Annual report on the working of the lock hospitals in the North-Western Provinces and Oudh
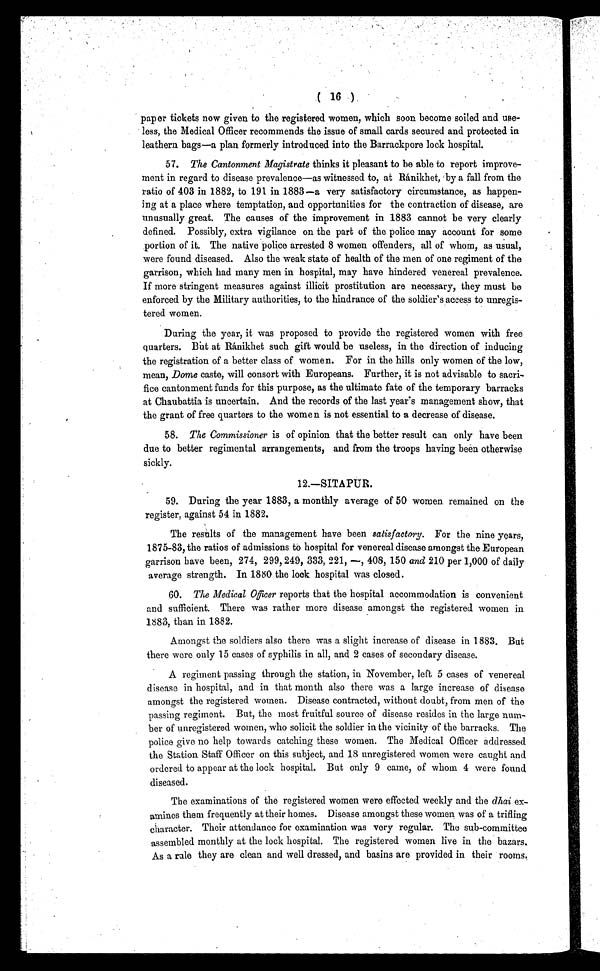
( 16 )
paper tickets now given to the registered women, which soon become soiled and use-
less, the Medical Officer recommends the issue of small cards secured and protected in
leathern bags—a plan formerly introduced into the Barrackpore lock hospital.
57. The Cantonment Magistrate thinks it pleasant to be able to report improve-
ment in regard to disease prevalence—as witnessed to, at Ránikhet, by a fall from the
ratio of 403 in 1882, to 191 in 1883—a very satisfactory circumstance, as happen-
ing at a place where temptation, and opportunities for the contraction of disease, are
unusually great. The causes of the improvement in 1883 cannot be very clearly
defined. Possibly, extra vigilance on the part of the police may account for some
portion of it. The native police arrested 8 women offenders, all of whom, as usual,
were found diseased. Also the weak state of health of the men of one regiment of the
garrison, which had many men in hospital, may have hindered venereal prevalence.
If more stringent measures against illicit prostitution are necessary, they must be
enforced by the Military authorities, to the hindrance of the soldier's access to unregis-
tered women.
During the year, it was proposed to provide the registered women with free
quarters. But at Ránikhet such gift would be useless, in the direction of inducing
the registration of a better class of women. For in the hills only women of the low,
mean, Dome caste, will consort with Europeans. Further, it is not advisable to sacri-
fice cantonment funds for this purpose, as the ultimate fate of the temporary barracks
at Chaubattia is uncertain. And the records of the last year's management show, that
the grant of free quarters to the women is not essential to a decrease of disease.
5 8 .
T h e C o m m i s s i o n e r
i s o f o p i n i o n t h a t t h e b e t t e r r e s u l t c a n o n l y h a v e b e e n
due to better regimental arrangements, and from the troops having been otherwise
sickly.
12.—SITAPUR.
5 9 . D u r i n g t h e y e a r 1 8 8 3 , a m o n t h l y a v e r a g e o f 5 0 w o m e n r e m a i n e d o n t h e
register, against 54 in 1882.
The results of the management have been satisfactory. For the nine years,
1875-83, the ratios of admissions to hospital for venereal disease amongst the European
garrison have been, 274, 299, 249, 333, 221, —, 408, 150 and 210 per 1,000 of daily
average strength. In 1880 the lock hospital was closed.
6 0 .
T h e M e d i c a l O f f i c e r
r e p o r t s t h a t t h e h o s p i t a l a c c o m m o d a t i o n i s c o n v e n i e n t
and sufficient. There was rather more disease amongst the registered women in
1883, than in 1882.
Amongst the soldiers also there was a slight increase of disease in 1883. But
there were only 15 cases of syphilis in all, and 2 cases of secondary disease.
A regiment passing through the station, in November, left 5 cases of venereal
disease in hospital, and in that month also there was a large increase of disease
amongst the registered women. Disease contracted, without doubt, from men of the
passing regiment. But, the most fruitful source of disease resides in the large num-
ber of unregistered women, who solicit the soldier in the vicinity of the barracks. The
police give no help towards catching these women. The Medical Officer addressed
the Station Staff Officer on this subject, and 18 unregistered women were caught and
ordered to appear at the lock hospital. But only 9 came, of whom 4 were found
diseased.
The examinations of the registered women were effected weekly and the dhai ex-
amines them frequently at their homes. Disease amongst these women was of a trifling
character. Their attendance for examination was very regular. The sub-committee
assembled monthly at the lock hospital. The registered women live in the bazars.
As a rule they are clean and well dressed, and basins are provided in their rooms.